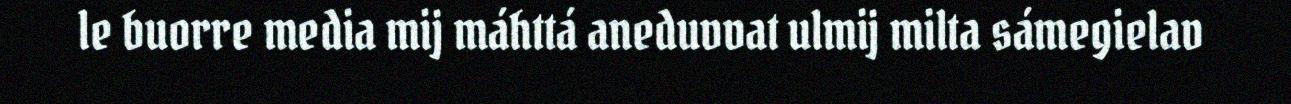
le buorre media mij máhttá aneduvvat ulmij milta sámegielav